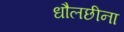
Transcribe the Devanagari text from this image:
धौलछीना